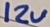
Text: 12V